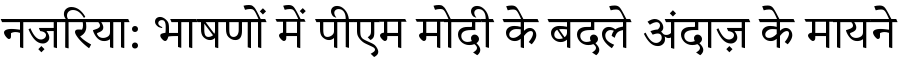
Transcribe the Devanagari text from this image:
नज़रिया: भाषणों में पीएम मोदी के बदले अंदाज़ के मायने